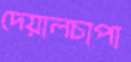
দেয়ালচাপা